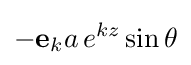
-\mathbf {e} _{k}a\,e^{kz}\sin \theta